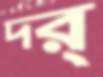
দর্